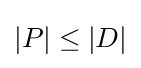
\left|P\right|\leq \left|D\right|